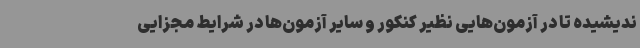
ندیشیده تا در آزمون‌هایی نظیر کنکور و سایر آزمون‌ها در شرایط مجزایی